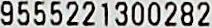
9555221300282